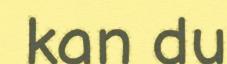
kan du